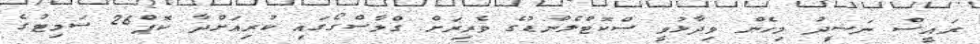
ރައީސް ނަޝީދު މިހެން ވިދާޅުވީ ސްކޮޓްލެންޑުގެ ވެރިރަށް ގްލާސްގޯގައި ކުރިއަށްދާ ކޮޕް26 ސަމިޓުގެ